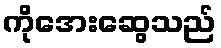
ကိုအေးဆွေသည်